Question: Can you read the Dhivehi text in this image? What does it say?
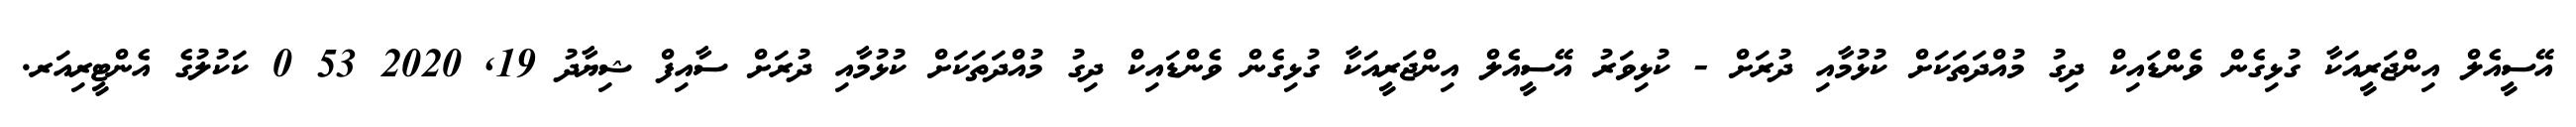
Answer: އޭސީއެލް އިންޖަރީއަކާ ގުޅިގެން ވެންޑައިކް ދިގު މުއްދަތަކަށް ކުޅުމާއި ދުރަށް - ކުޅިވަރު އޭސީއެލް އިންޖަރީއަކާ ގުޅިގެން ވެންޑައިކް ދިގު މުއްދަތަކަށް ކުޅުމާއި ދުރަށް ސާއިފް ޝިޔާދު 19, 2020 53 0 ކަކުލުގެ އެންޓީރިއަރ.